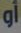
أو